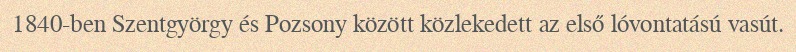
1840-ben Szentgyörgy és Pozsony között közlekedett az első lóvontatású vasút.